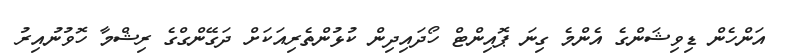
އަންހެން ޑިވިޝަންގެ އެންމެ ގިނަ ޕޮއިންޓް ހޯދައިދިން ކުޅުންތެރިއަކަށް ދަގޭންގްގެ ރިޝްމާ ހޮވުނުއިރު